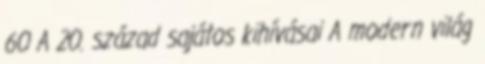
60 A 20. század sajátos kihívásai A modern világ